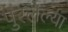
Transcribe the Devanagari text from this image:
पुरलेल्या